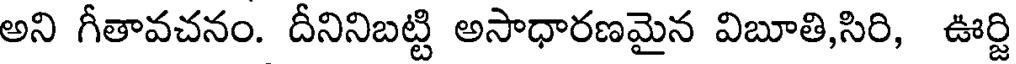
అని గీతావచనం. దీనినిబట్టి అసాధారణమైన విబూతి,సిరి, ఊర్జి